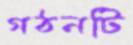
গঠনটি